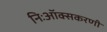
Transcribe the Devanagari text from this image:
निःऑक्सकरणी